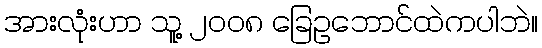
အားလုံးဟာ သူ့ ၂၀၀၈ ခြေဥဘောင်ထဲကပါဘဲ။